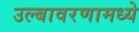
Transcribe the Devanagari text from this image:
उल्बावरणामध्ये